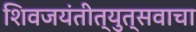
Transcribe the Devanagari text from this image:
शिवजयंतीत्युत्सवाचा